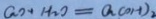
a _ { 2 } + H _ { 2 } O = a _ { 2 } ( O H ) _ { 2 }